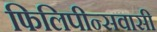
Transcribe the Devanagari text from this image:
फिलिपीन्सवासी